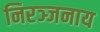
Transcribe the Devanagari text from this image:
निरञ्जनाय